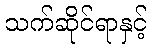
သက်ဆိုင်ရာနှင့်